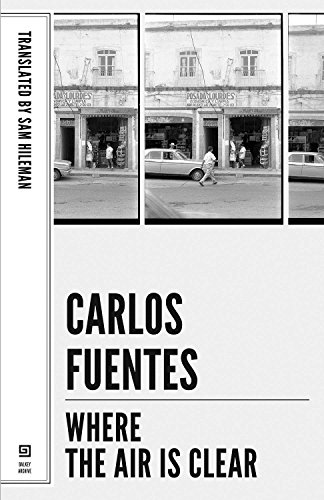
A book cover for Where the Air Is Clear (Lannan Selection); Carlos Fuentes; Literature & Fiction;